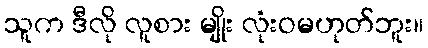
သူက ဒီလို လူစား မျိုး လုံးဝမဟုတ်ဘူး။